King Institute of Preventive Medicine Micro-Biological Section reports 1909-11
Year: 1909
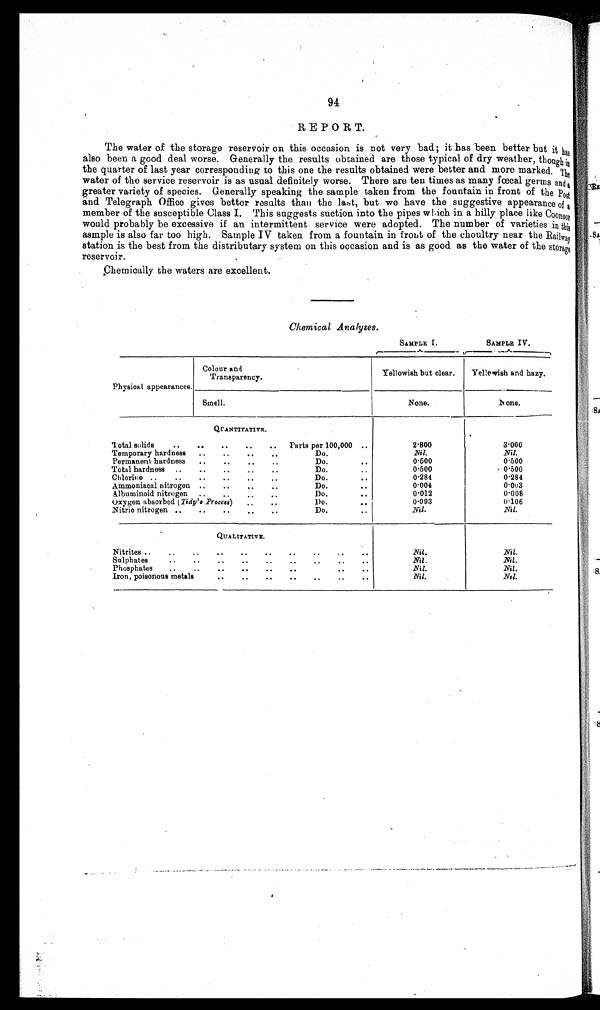
94
REPORT.
The water of the storage reservoir on this occasion is not very bad; it has been better but it has
also been a good deal worse. Generally the results obtained are those typical of dry weather, though in
the quarter of last year corresponding to this one the results obtained were better and more marked. The
water of the service reservoir is as usual definitely worse. There are ten times as many fœcal germs and a
greater variety of species. Generally speaking the sample taken from the fountain in front of the Post
and Telegraph Office gives better results than the but we have the suggestive appearance of a
member of the susceptible Class I. This suggests suction into the pipes which in a hilly place like Coonoor
would probably be excessive if an intermittent service were adopted. The number of varieties in this
asmple is also far too high. Sample IV taken from a fountain in front of the choultry near the Railway
station is the best from the distributary system on this occasion and is as good as the water of the storage
reservoir.
Chemically the waters are excellent.
Chemical Analyses.
Physical appearances.
SAMPLE I.
SAMPLE IV.
Colour and
Transparency.
Yellowish but clear.
Yellowish and hazy.
Smell.
None.
None.
QUANTITATIVE.
Total solids .. .. .. .. ..
Parts per 100,000 ..
2.800
3.000
Temporary hardness
..
..
..
..
Do.
Nil.
Nil.
Permanent hardness
..
..
..
..
Do.
. .
0.500
0.500
Total hardness ..
..
..
..
..
Do.
0.500
0.500
Chlorine ..
..
..
..
..
..
Do.
. .
0.284
0.284
Ammoniacal nitrogen ..
..
..
..
Do.
. .
0.004
0 . 0 0 3
Albuminoid nitrogen
..
..
..
Do.
. .
0.012
0.008
Oxygen absorbed (Tidy's _Process) .. ..
Do. ..
0.093
0.106
Nitric nitrogen ..
..
..
..
..
Do.
. .
Nil.
Nil.
QUALITATIVE.
Nitrites .
_
..
..
..
..
..
..
..
..
Nil.
Nil.
Sulphates
..
..
..
..
..
..
..
..
..
Nil.
Nil.
Phosphates
..
..
..
..
..
..
. . . .
Nil.
Nil.
Iron, poisonous metals
..
..
..
..
..
..
..
Nil.
Nil.